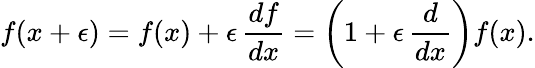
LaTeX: f(x+\epsilon)=f(x)+\epsilon\, {\frac{df}{dx}}=\left(1+\epsilon\, {\frac{d}{dx}}\right)f(x).